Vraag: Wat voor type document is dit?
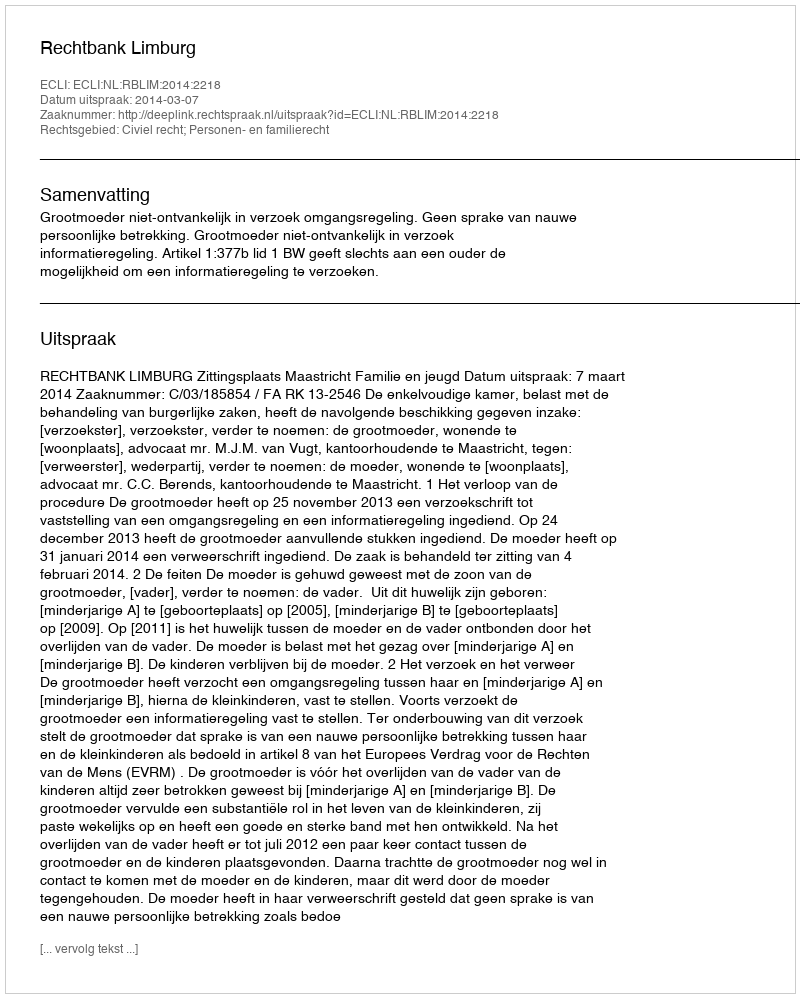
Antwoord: Uitspraak